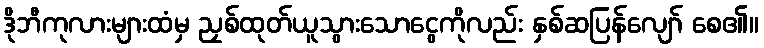
ဒိုဘီကုလားများထံမှ ညှစ်ထုတ်ယူသွားသောငွေကိုလည်း နှစ်ဆပြန်လျော် စေ၏။